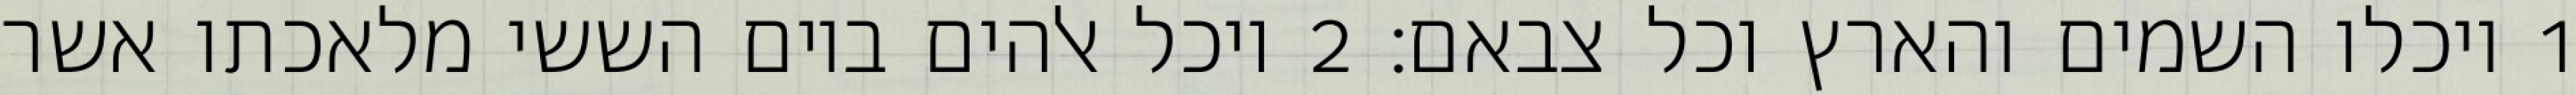
1 ויכלו השמים והארץ וכל צבאם׃ ‎2‏ ויכל אלהים ביום הששי מלאכתו אשר